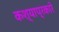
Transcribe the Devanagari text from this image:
कश्याप्रकारे